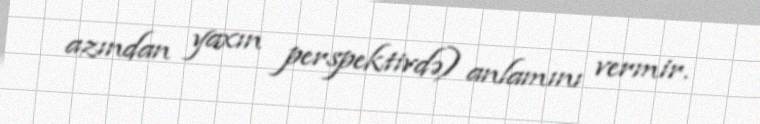
azından yaxın perspektivdə) anlamını vermir.